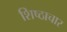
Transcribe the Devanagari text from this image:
शिष्ठाचार